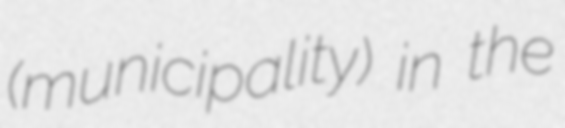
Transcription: (municipality) in the